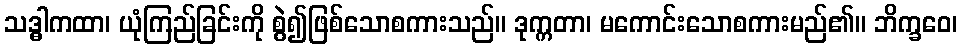
သဒ္ဓါကထာ၊ ယုံကြည်ခြင်းကို စွဲ၍ဖြစ်သောစကားသည်။ ဒုက္ကတာ၊ မကောင်းသောစကားမည်၏။ ဘိက္ခဝေ၊